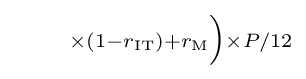
\scriptstyle {}\qquad {}\times (1-r_{\rm {IT}})+r_{\rm {M}}{\Big )}\times P/12